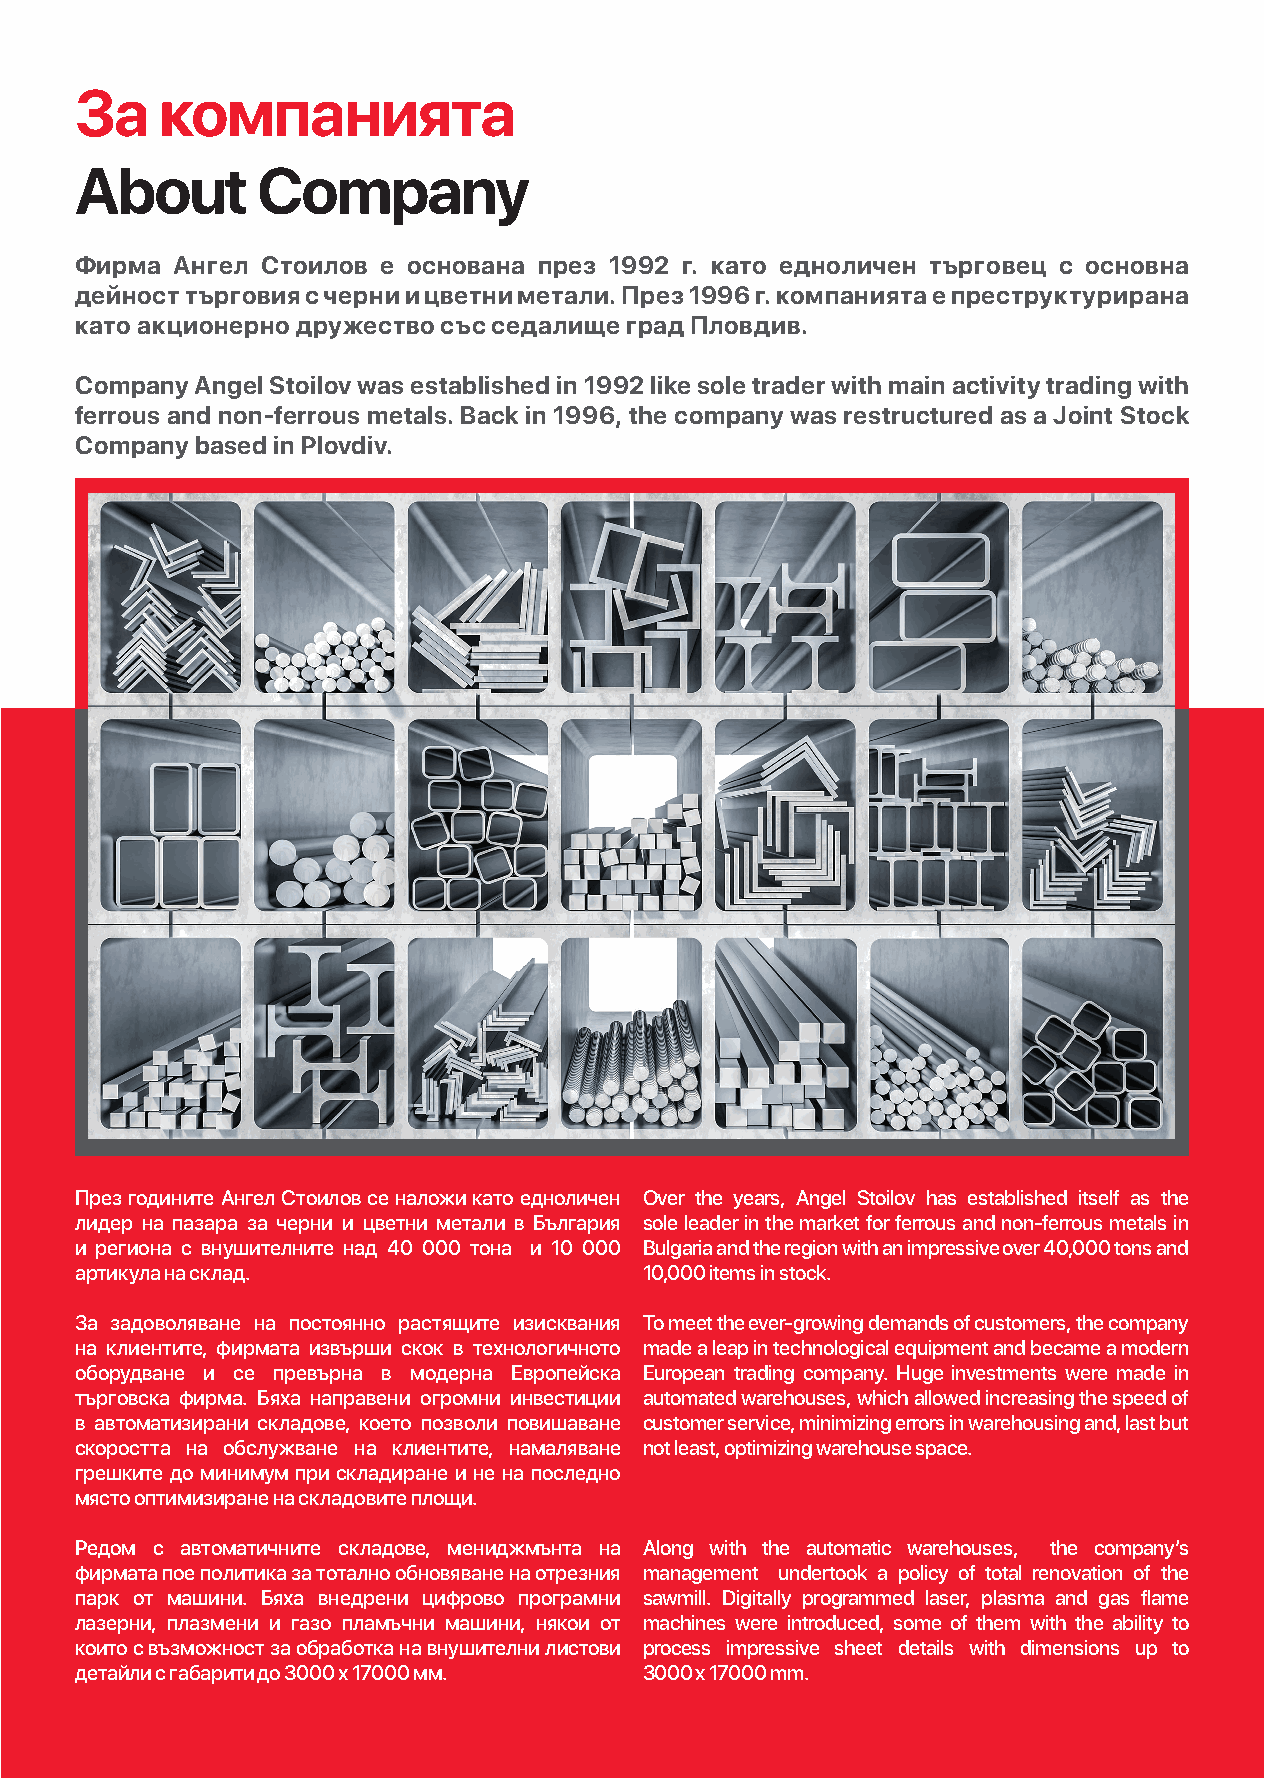
За    компанията
 About       Company
 Фирма  Ангел Стоилов е основана през 1992 г. като едноличен търговец с основна
 дейност търговия с черни и цветни метали. През 1996 г. компанията е преструктурирана
 като акционерно дружество със седалище град Пловдив.
 Company Angel Stoilov was established in 1992 like sole trader with main activity trading with
 ferrous and non-ferrous metals. Back in 1996, the company was restructured as a Joint Stock
 Company based in Plovdiv.
 През годините Ангел Стоилов се наложи като едноличен Over the years, Angel Stoilov has established itself as the
 лидер на пазара за черни и цветни метали в България sole leader in the market for ferrous and non-ferrous metals in
 и региона с внушителните над 40 000 тона и 10 000 Bulgaria and the region with an impressive over 40,000 tons and
 артикула на склад.                    10,000 items in stock.
 За задоволяване на постоянно растящите изисквания To meet the ever-growing demands of customers, the company
 на клиентите, фирмата извърши скок в технологичното made a leap in technological equipment and became a modern
 оборудване и се превърна в модерна Европейска European trading company. Huge investments were made in
 търговска фирма. Бяха направени огромни инвестиции automated warehouses, which allowed increasing the speed of
 в автоматизирани складове, което позволи повишаване customer service, minimizing errors in warehousing and, last but
 скоростта на обслужване на клиентите, намаляване not least, optimizing warehouse space.
 грешките до минимум при складиране и не на последно
 място оптимизиране на складовите площи.
 Редом с автоматичните складове, мениджмънта на Along with the automatic warehouses, the company’s
 фирмата пое политика за тотално обновяване на отрезния management undertook a policy of total renovation of the
 парк от машини. Бяха внедрени цифрово програмни sawmill. Digitally programmed laser, plasma and gas flame
 лазерни, плазмени и газо пламъчни машини, някои от machines were introduced, some of them with the ability to
 които с възможност за обработка на внушителни листови process impressive sheet details with dimensions up to
 детайли с габарити до 3000 х 17000 мм. 3000 x 17000 mm.